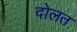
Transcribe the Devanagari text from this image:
दोलत